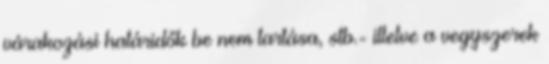
várakozási határidők be nem tartása, stb.- illetve a vegyszerek